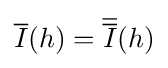
{\overline {I}}(h)={\overline {\overline {I}}}(h)